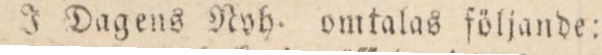
— J Dagens Nyb. omtalas följande: